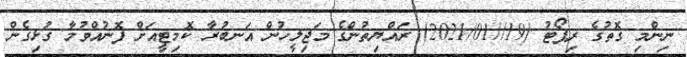
ނިންމި ގޮތުގެ ރިޕޯޓު (19//2021/01) ރައްޔިތުންގެ މަޖިލީހުން އަނބުރާ ކޮމިޓީއަށް ފޮނުއްވުމާ ގުޅިގެން